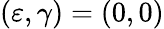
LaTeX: (\varepsilon,\gamma)=(0,0)